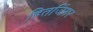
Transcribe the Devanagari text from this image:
हितजिंगर